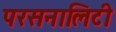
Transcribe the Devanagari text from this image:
परसनालिटी